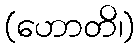
(ဟောတိ၊)